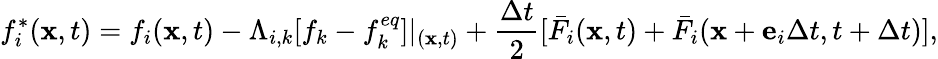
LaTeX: f_{i}^{*}({\mathbf{x}},t)={f_{i}}({\mathbf{x}},t)-{\Lambda_{i,k}}[{f_{k}}-f_{k}^{eq}]{|_{({\mathbf{x}},t)}}+\frac{{\Delta t}}{2}[{\bar{F}_{i}}({\mathbf{x}},t)+{\bar{F}_{i}}({\mathbf{x}}+{{\mathbf{e}}_{i}}\Delta t,t+\Delta t)],